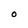
Character: O